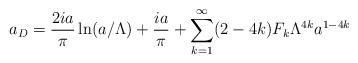
LaTeX: \begin{align*}a_D=\frac{2ia}{\pi}\ln(a/\Lambda)+\frac{ia}{\pi}+\sum_{k=1}^\infty (2-4k) F_k \Lambda^{4k} a^{1-4k}\end{align*}